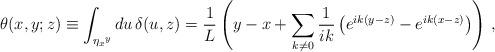
LaTeX: \begin{align*}\theta(x,y;z)\equiv \int_{\eta_x{}^y} du\, \delta(u,z)= \frac{1}{L} \left( y-x + \sum_{k\ne 0} \frac{1}{ik} \left( e^{ik(y-z)} - e^{ik(x-z)} \right) \right)\, ,\end{align*}